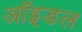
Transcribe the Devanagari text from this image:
ऑइडल